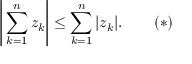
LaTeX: { \Bigg | } \sum _ { k = 1 } ^ { n } z _ { k } { \Bigg | } \leq \sum _ { k = 1 } ^ { n } | z _ { k } | . \quad \quad ( * )